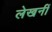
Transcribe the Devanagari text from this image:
लेखनीं